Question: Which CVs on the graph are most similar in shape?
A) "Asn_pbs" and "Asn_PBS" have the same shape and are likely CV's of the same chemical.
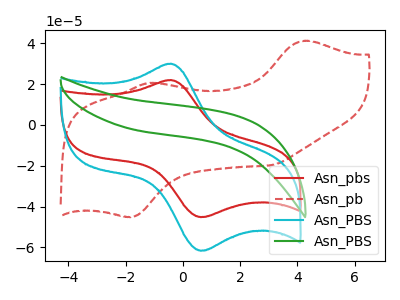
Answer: <think>The red curve "Asn_pbs" has an anodic peak at (-0.45V, 21.95uA) and a cathodic peak at (0.60V, -45.15uA). The red dashed curve "Asn_pb" has anodic peaks at (4.25V, 41.20uA) (-1.15V, 20.60uA) and cathodic peaks at (-1.80V, -45.00uA) (3.10V, -19.65uA). The cyan curve "Asn_PBS" has an anodic peak at (-0.45V, 30.00uA) and a cathodic peak at (0.60V, -61.60uA). The green curve "Asn_PBS" has no peaks.
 "Asn_pbs" and "Asn_pb" have a different number of peaks. All the peaks in "Asn_pbs" have a peak in "Asn_PBS" at the same potential. Every peak in "Asn_pbs" is lower than every peak in "Asn_PBS". "Asn_pbs" and "Asn_PBS" have a different number of peaks. "Asn_pb" and "Asn_PBS" have a different number of peaks. "Asn_pb" and "Asn_PBS" have a different number of peaks. "Asn_PBS" and "Asn_PBS" have a different number of peaks.</think>
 <answer>A) "Asn_pbs" and "Asn_PBS" have the same shape and are likely CV's of the same chemical.</answer>
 <eval>A</eval>